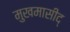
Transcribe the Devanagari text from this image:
मुखमासीद्